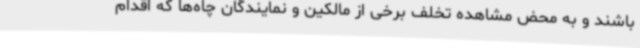
باشند و به محض مشاهده تخلف برخی از مالکین و نمایندگان چاه‌ها که اقدام